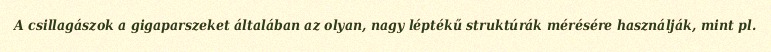
A csillagászok a gigaparszeket általában az olyan, nagy léptékű struktúrák mérésére használják, mint pl.